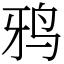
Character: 鸦